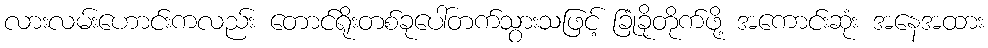
လားလမ်းဟောင်းကလည်း တောင်ရိုးတစ်ခုပေါ်တက်သွားသဖြင့် ခြုံခိုတိုက်ဖို့ အကောင်းဆုံး အနေအထား